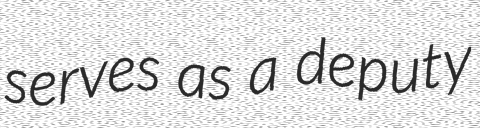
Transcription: serves as a deputy